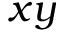
x y